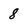
Character: 8